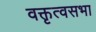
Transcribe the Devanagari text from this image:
वक्तृत्वसभा